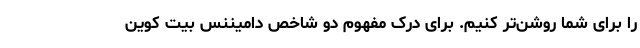
را برای شما روشن‌تر کنیم. برای درک مفهوم دو شاخص دامیننس بیت کوین